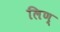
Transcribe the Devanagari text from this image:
लिण्